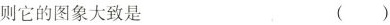
则它的图象大致是 ( )